Vaccination North-Western Provinces 1866-1877 - 1866-1877
Year: 1866
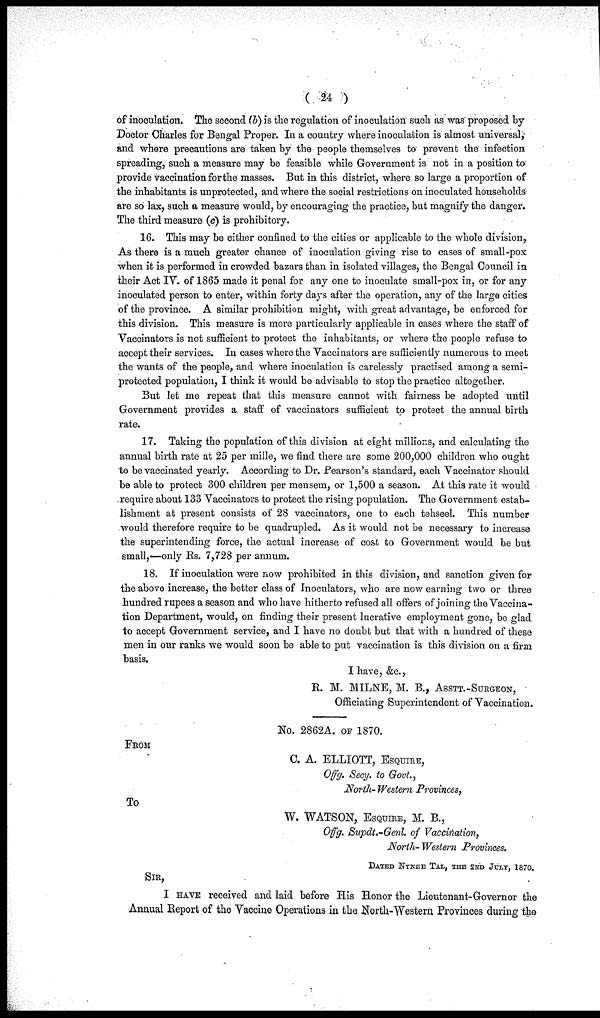
( 24 )
of inoculation. The second (b) is the regulation of inoculation such as was proposed by
Doctor Charles for Bengal Proper. In a country where inoculation is almost universal,
and where precautions are taken by the people themselves to prevent the infection
spreading, such a measure may be feasible while Government is not in a position to
provide vaccination for the masses. But in this district, where so large a proportion of
the inhabitants is unprotected, and where the social restrictions on inoculated households
are so lax, such a measure would, by encouraging the practice, but magnify the danger.
The third measure (c) is prohibitory.
16. This may be either confined to the cities or applicable to the whole division,
As there is a much greater chance of inoculation giving rise to cases of small-pox
when it is performed in crowded bazars than in isolated villages, the Bengal Council in
their Act IV. of 1865 made it penal for any one to inoculate small-pox in, or for any
inoculated person to enter, within forty days after the operation, any of the large cities
of the province. A similar prohibition might, with great advantage, be enforced for
this division. This measure is more particularly applicable in cases where the staff of
Vaccinators is not sufficient to protect the inhabitants, or where the people refuse to
accept their services. In cases where the Vaccinators are sufficiently numerous to meet
the wants of the people, and where inoculation is carelessly practised among a semi-
protected population, I think it would be advisable to stop the practice altogether.
But let me repeat that this measure cannot with fairness be adopted until
Government provides a staff of vaccinators sufficient to protect the annual birth
rate.
17. Taking the population of this division at eight millions, and calculating the
annual birth rate at 25 per mille, we find there are some 200,000 children who ought
to be vaccinated yearly. According to Dr. Pearson's standard, each Vaccinator should
be able to protect 300 children per mensem, or 1,500 a season. At this rate it would
require about 133 Vaccinators to protect the rising population. The Government estab-
lishment at present consists of 28 vaccinators, one to each tehseel. This number
would therefore require to be quadrupled. As it would not be necessary to increase
the superintending force, the actual increase of cost to Government would be but
small,—only Rs. 7,728 per annum.
18. If inoculation were now prohibited in this division, and sanction given for
the above increase, the better class of Inoculators, who are now earning two or three
hundred rupees a season and who have hitherto refused all offers of joining the Vaccina-
tion Department, would, on finding their present lucrative employment gone, be glad
to accept Government service, and I have no doubt but that with a hundred of these
men in our ranks we would soon be able to put vaccination is this division on a firm
basis.
I have, &c.,
R. M. MILNE, M. B., ASSTT.-SURGEON,
Officiating Superintendent of Vaccination.
No. 2862A. OF 1870.
FROM
C. A. ELLIOTT, ESQUIRE,
Offg. Secy. to Govt.,
North- Western Provinces,
To
W. WATSON, ESQUIRE, M. B.,
Offg. Supdt.-Genl. of Vaccination,
North- Western Provinces.
DATED NYNEE TAL, THE 2ND JULY, 1870.
SIR,
I HAVE received and laid before His Honor the Lieutenant-Governor the
Annual Report of the Vaccine Operations in the North-Western Provinces during the